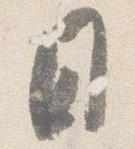
日